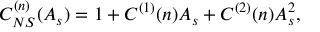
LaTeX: C _ { N S } ^ { ( n ) } ( A _ { s } ) = 1 + C ^ { ( 1 ) } ( n ) A _ { s } + C ^ { ( 2 ) } ( n ) A _ { s } ^ { 2 } ,